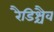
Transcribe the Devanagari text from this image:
रैडिश्चैव